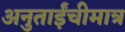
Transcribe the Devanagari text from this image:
अनुताईंचीमात्र